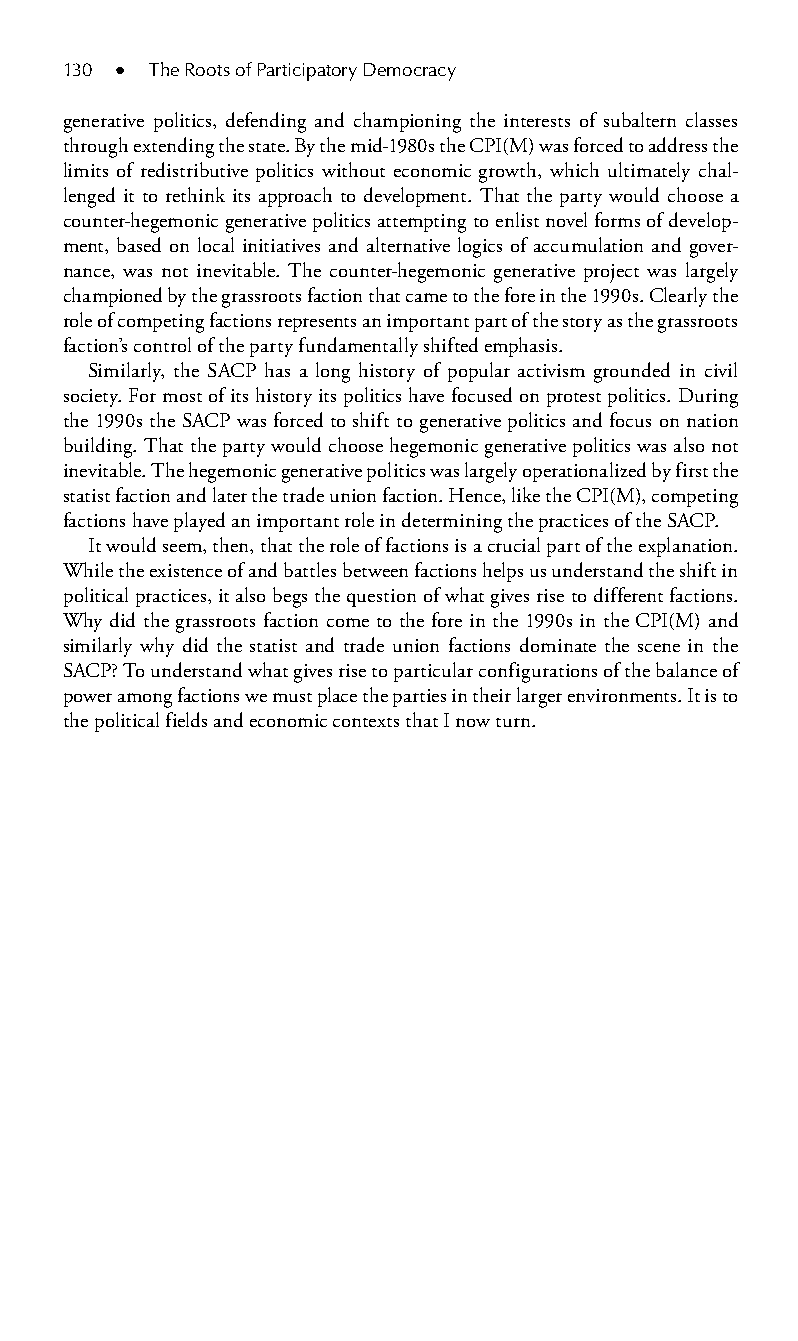
130 ● The Roots of Participatory Democracy
 generative politics, defending and championing the interests of subaltern classes
 through extending the state. By the mid-1980s the CPI(M) was forced to address the
 limits of redistributive politics without economic growth, which ultimately chal-
 lenged it to rethink its approach to development. That the party would choose a
 counter-hegemonic generative politics attempting to enlist novel forms of develop-
 ment, based on local initiatives and alternative logics of accumulation and gover-
 nance, was not inevitable. The counter-hegemonic generative project was largely
 championed by the grassroots faction that came to the fore in the 1990s. Clearly the
 role of competing factions represents an important part of the story as the grassroots
 faction’s control of the party fundamentally shifted emphasis.
 Similarly, the SACP has a long history of popular activism grounded in civil
 society. For most of its history its politics have focused on protest politics. During
 the 1990s the SACP was forced to shift to generative politics and focus on nation
 building. That the party would choose hegemonic generative politics was also not
 inevitable. The hegemonic generative politics was largely operationalized by first the
 statist faction and later the trade union faction. Hence, like the CPI(M), competing
 factions have played an important role in determining the practices of the SACP.
 It would seem, then, that the role of factions is a crucial part of the explanation.
 While the existence of and battles between factions helps us understand the shift in
 political practices, it also begs the question of what gives rise to different factions.
 Why did the grassroots faction come to the fore in the 1990s in the CPI(M) and
 similarly why did the statist and trade union factions dominate the scene in the
 SACP? To understand what gives rise to particular configurations of the balance of
 power among factions we must place the parties in their larger environments. It is to
 the political fields and economic contexts that I now turn.
 99778800223300660066440011ttss0099..iinndddd 113300 33//2255//22000088 99::2200::3355 AAMM